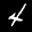
Label: 4